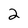
Character: 2